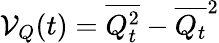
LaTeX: {\cal V}_{Q}(t)=\overline{{Q_{t}^{2}}}-\overline{{Q_{t}}}^{2}